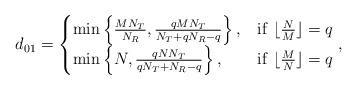
LaTeX: \begin{align*}d_{01}=\begin{cases} \min \left\{\frac{MN_T}{N_R},\frac{qMN_T}{N_T+qN_R-q}\right\}, &{\rm if~}\lfloor\frac{N}{M} \rfloor= q\\ \min \left\{N,\frac{qNN_T}{qN_T+N_R-q}\right\}, &{\rm if~} \lfloor \frac{M}{N}\rfloor=q \end{cases},\end{align*}